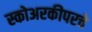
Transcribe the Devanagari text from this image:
स्कोअरकीपरचे